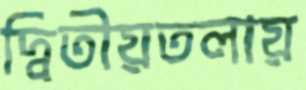
দ্বিতীয়তলায়